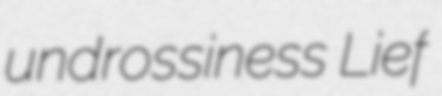
undrossiness Lief